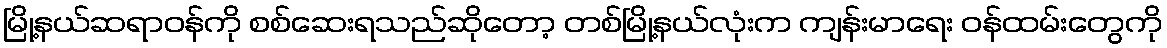
မြို့နယ်ဆရာဝန်ကို စစ်ဆေးရသည်ဆိုတော့ တစ်မြို့နယ်လုံးက ကျန်းမာရေး ဝန်ထမ်းတွေကို